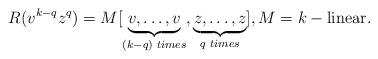
LaTeX: \begin{align*}R(v^{k-q} z^q)=M[\underbrace{v, \dots, v}_{(k-q)\,\,times},\underbrace{z, \dots, z}_{q\,\,times}], M=k-\mbox{linear}.\end{align*}